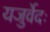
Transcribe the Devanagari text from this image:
यजुर्वेदः